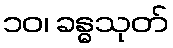
၁၀၊ ခန္ဓသုတ်